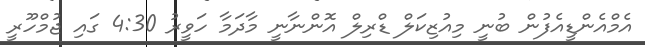
އެމްއެންޑީއެފުން ބުނީ މިއުޒިކަލް ޑްރިލް އޮންނާނީ މާދަމާ ހަވީރު 4:30 ގައި ޖުމްހޫރީ